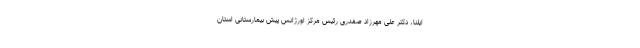
ایلنا، دکتر علی مهرزاد صفدری رئیس مرکز اورژانس پیش بیمارستانی استان